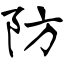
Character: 防